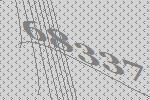
68337